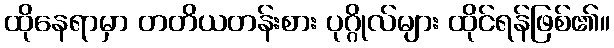
ထိုနေရာမှာ တတိယတန်းစား ပုဂ္ဂိုလ်များ ထိုင်ရန်ဖြစ်၏။